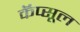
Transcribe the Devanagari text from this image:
कॅप्सूल